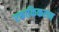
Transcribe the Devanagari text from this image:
एकाकिकरण